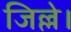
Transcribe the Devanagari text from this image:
जिल्ले।